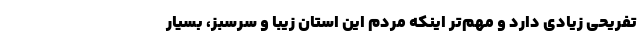
تفریحی زیادی دارد و مهم‌تر اینکه مردم این استان زیبا و سرسبز، بسیار